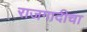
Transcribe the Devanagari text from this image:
राजगादीचा